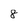
Character: 8